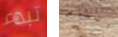
تبدء الناس